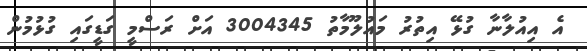
އެ އިއުލާނާ ގުޅޭ އިތުރު މައުލޫމާތު 3004345 އަށް ރަސްމީ ގަޑީގައި ގުޅުމުން